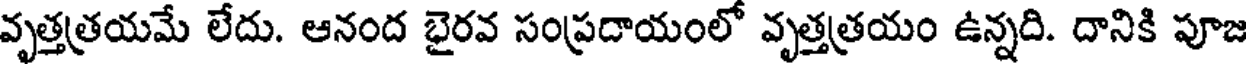
వృత్తత్రయమే లేదు. ఆనంద భైరవ సంప్రదాయంలో వృత్తత్రయం ఉన్నది. దానికి పూజ